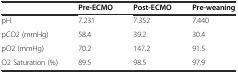
<table><thead><tr><td></td><td><b>Pre-ECMO</b></td><td><b>Post-ECMO</b></td><td><b>Pre-weaning</b></td></tr></thead><tbody><tr><td>pH</td><td>7.231</td><td>7.352</td><td>7.440</td></tr><tr><td>pCO2 (mmHg)</td><td>58.4</td><td>39.2</td><td>30.4</td></tr><tr><td>pO2 (mmHg)</td><td>70.2</td><td>147.2</td><td>91.5</td></tr><tr><td>O2 Saturation (%)</td><td>89.5</td><td>98.5</td><td>97.9</td></tr></tbody></table>